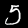
Label: 5